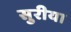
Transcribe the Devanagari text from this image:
सुरीया